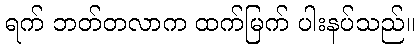
ရက် ဘတ်တလာက ထက်မြက် ပါးနပ်သည်။